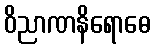
ဝိညာဏနိရောဓေ